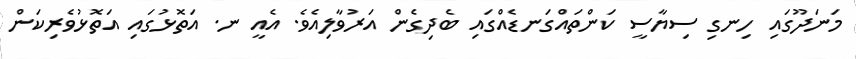
މަނަދޫގައި ހިނގި ސިޔާސީ ކަންތައްގަނޑެއްގައި ބެދިގެން އަރުވާލިއެވެ. އެއީ ނ. އަތޮޅުގައި އަތޮޅުވެރިކަން